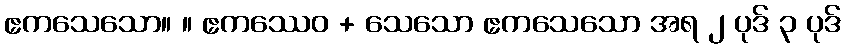
ဧကသေသော။ ။ ဧကဿေဝ + သေသော ဧကသေသော အရ ၂ ပုဒ် ၃ ပုဒ်